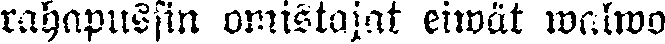
rahapussin omistajat eiwät walwo